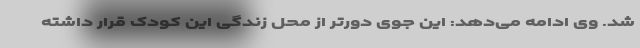
شد. وی ادامه می‌دهد: این جوی دورتر از محل زندگی این کودک قرار داشته